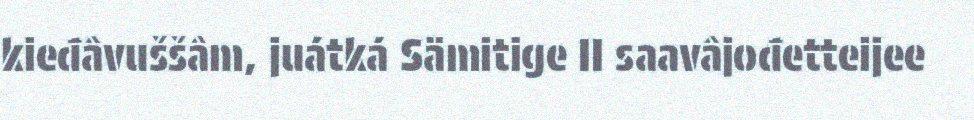
kieđâvuššâm, juátká Sämitige II saavâjođetteijee